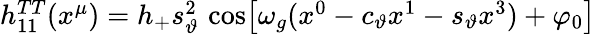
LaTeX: \begin{array}{r}{h_{11}^{TT}(x^{\mu})=h_{+}s_{\vartheta}^{2}\, \cos\! \left[\omega_{g}(x^{0}-c_{\vartheta}x^{1}-s_{\vartheta}x^{3})+\varphi_{0}\right]}\end{array}